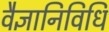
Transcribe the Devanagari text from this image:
वैज्ञानिविधि